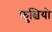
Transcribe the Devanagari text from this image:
फुल्वियो